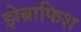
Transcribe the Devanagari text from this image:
झेब्राफिश